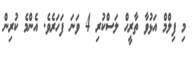
މި ފިލްމް އަޅުވާ ތާރީޙް ލަސްކުރި 4 ވަނަ ފަހަރެވެ. އެންމެ ކުރިން